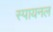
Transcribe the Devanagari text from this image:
स्पायनल